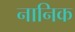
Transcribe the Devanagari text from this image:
नानिक